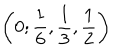
\left( 0 ; \frac { 1 } { 6 } , \frac { 1 } { 3 } , \frac { 1 } { 2 } \right)